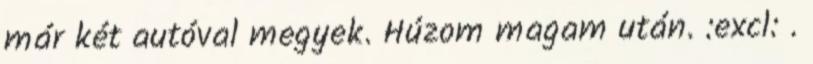
már két autóval megyek. Húzom magam után. :excl: .